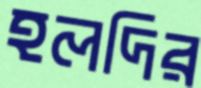
হলদির